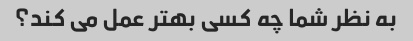
به نظر شما چه کسی بهتر عمل می کند؟